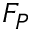
F _ { P }